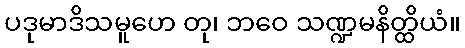
ပဒုမာဒိသမူဟေ တု၊ ဘဝေ သဏ္ဍမနိတ္ထိယံ။